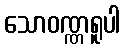
သောဝဏ္ဏရူပါ